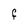
Character: F